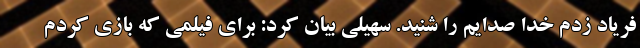
فریاد زدم خدا صدایم را شنید. سهیلی بیان کرد: برای فیلمی که بازی کردم